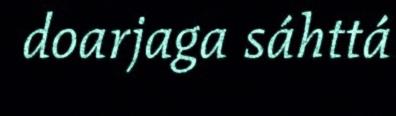
doarjaga sáhttá